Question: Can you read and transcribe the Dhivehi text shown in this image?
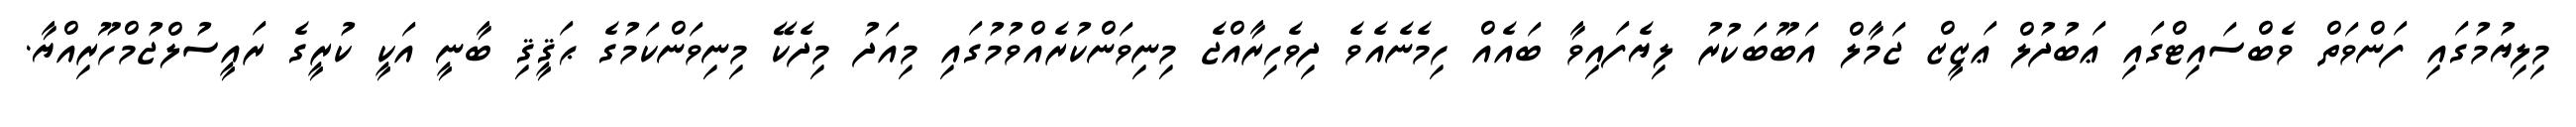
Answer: މިލިޔުމުގައި ފަންވަތް ވެބްސައިޓްގައި ޢަބުދުލް ޢަޒީޒް ޖަމާލް އަބޫބަކުރު ލިޔެފައިވާ ބައެއް ހިމެނެއެވެ ދިވެހިރާއްޖެ މިނިވަންކުރެއްވުމުގައި މިއަދު މިދެކޭ މިނިވަންކަމުގެ ޙަޤީޤި ބާނީ އަކީ ކުރީގެ ރައީސުލްޖުމްހޫރިއްޔާ.